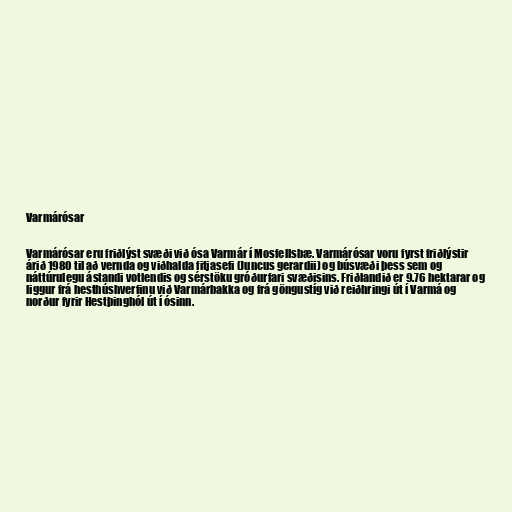
Varmárósar

Varmárósar eru friðlýst svæði við ósa Varmár í Mosfellsbæ. Varmárósar voru fyrst friðlýstir
árið 1980 til að vernda og viðhalda fitjasefi (Juncus gerardii) og búsvæði þess sem og
náttúrulegu ástandi votlendis og sérstöku gróðurfari svæðisins. Friðlandið er 9.76 hektarar og
liggur frá hesthúshverfinu við Varmárbakka og frá göngustíg við reiðhringi út í Varmá og
norður fyrir Hestþinghól út í ósinn.